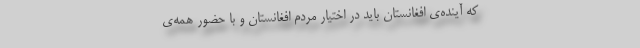
که آینده‌ی افغانستان باید در اختیار مردم افغانستان و با حضور همه‌ی